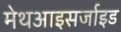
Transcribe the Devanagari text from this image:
मेथआइसर्जाइड